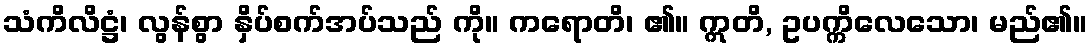
သံကိလိဋ္ဌံ၊ လွန်စွာ နှိပ်စက်အပ်သည် ကို။ ကရောတိ၊ ၏။ ဣတိ, ဥပက္ကိလေသော၊ မည်၏။